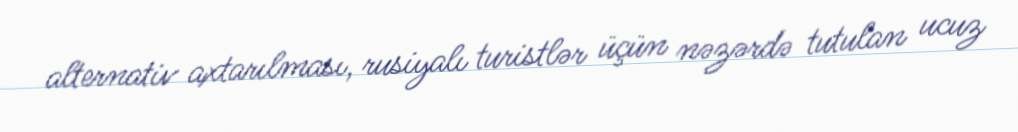
alternativ axtarılması, rusiyalı turistlər üçün nəzərdə tutulan ucuz